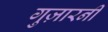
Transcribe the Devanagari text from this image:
गुज़ारनी